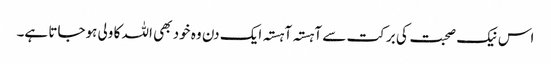
اس نیک صحبت کی برکت سے آہستہ آہستہ ایک دن وہ خود بھی اللہ کا ولی ہوجاتا ہے۔